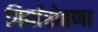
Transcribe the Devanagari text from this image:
गिर्यारोहणा